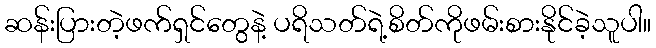
ဆန်းပြားတဲ့ဖက်ရှင်တွေနဲ့ ပရိသတ်ရဲ့စိတ်ကိုဖမ်းစားနိုင်ခဲ့သူပါ။